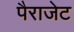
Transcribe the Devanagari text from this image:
पैराजेट